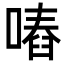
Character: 𠽅